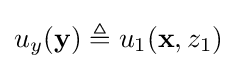
u_{y}(\mathbf {y} )\triangleq u_{1}(\mathbf {x} ,z_{1})